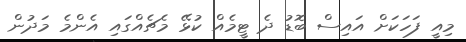
މިއީ ފަހަކަށް އައިސް ބޮޑު ދެ ޓީމެއް ކުޅޭ މެޗެއްގައި އެންމެ މަދުން